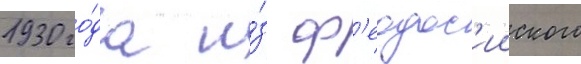
1930 го́да и́з ф'еодос'ииского